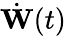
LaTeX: \dot{\mathbf{W}}(t)